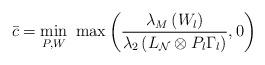
LaTeX: \begin{align*}\bar{c} = \min_{P,W} \ \max \left( \frac{\lambda_M\left( W_l \right)}{\lambda_2 \left(L_{\mathcal{N}} \otimes P_l \Gamma_l \right)},0 \right)\end{align*}